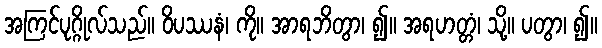
အကြင်ပုဂ္ဂိုလ်သည်။ ဝိပဿနံ၊ ကို။ အာရဘိတွာ၊ ၍။ အရဟတ္တံ၊ သို့။ ပတွာ၊ ၍။